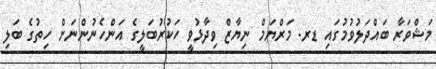
މަޝްވަރާ ބައްދަލުވުމުގައި ޑރ. މަރްޔަމް ނިޔާޒް ވިދާޅުވީ ހަކުރުބަލީގެ އަންހެނުންނަށް ހިތުގެ ބަލި